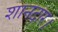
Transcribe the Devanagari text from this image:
शानदार।